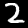
Label: 2